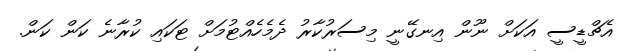
އެޗްޑީސީ އަކަށް ނޫން އިނގޭނީ މިސަރުކާރު ދެމެހެއްޓުމަށް ޓަކައި ކުރާނެ ކަން ކަން.